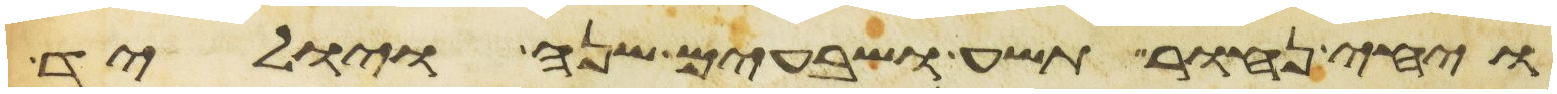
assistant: ויחי נחור תשע ושבעים שנה ויוליד